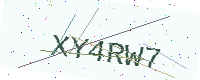
Text: XY4RW7